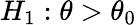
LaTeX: H_{1}:\theta>\theta_{0}